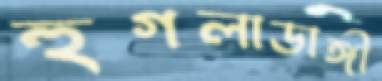
হুগলাডাঙ্গী